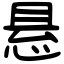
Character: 悬